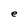
Character: e